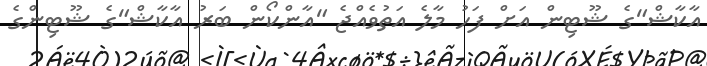
އާކާޝް"ގެ ޝޫޓިން އަށް ފަހު މާލެ އަތުވެއްޖެ "އާންކޯން ބަރު އާކާޝް"ގެ ޝޫޓިންގެ